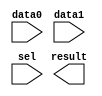
// megafunction wizard: %LPM_MUX%VBB%
// GENERATION: STANDARD
// VERSION: WM1.0
// MODULE: LPM_MUX 

// ============================================================
// Megafunction Name(s):
// 			LPM_MUX
//
// Simulation Library Files(s):
// 			lpm
// ============================================================
// ************************************************************
// THIS IS A WIZARD-GENERATED FILE. DO NOT EDIT THIS FILE!
//
// 15.1.0 Build 185 10/21/2015 SJ Lite Edition
// ************************************************************

//Copyright (C) 1991-2015 Altera Corporation. All rights reserved.
//Your use of Altera Corporation's design tools, logic functions 
//and other software and tools, and its AMPP partner logic 
//functions, and any output files from any of the foregoing 
//(including device programming or simulation files), and any 
//associated documentation or information are expressly subject 
//to the terms and conditions of the Altera Program License 
//Subscription Agreement, the Altera Quartus Prime License Agreement,
//the Altera MegaCore Function License Agreement, or other 
//applicable license agreement, including, without limitation, 
//that your use is for the sole purpose of programming logic 
//devices manufactured by Altera and sold by Altera or its 
//authorized distributors.  Please refer to the applicable 
//agreement for further details.

module pll_mux (
	data0,
	data1,
	sel,
	result);

	input	  data0;
	input	  data1;
	input	  sel;
	output	  result;

endmodule

// ============================================================
// CNX file retrieval info
// ============================================================
// Retrieval info: PRIVATE: INTENDED_DEVICE_FAMILY STRING "Cyclone IV E"
// Retrieval info: PRIVATE: SYNTH_WRAPPER_GEN_POSTFIX STRING "0"
// Retrieval info: PRIVATE: new_diagram STRING "1"
// Retrieval info: LIBRARY: lpm lpm.lpm_components.all
// Retrieval info: CONSTANT: LPM_SIZE NUMERIC "2"
// Retrieval info: CONSTANT: LPM_TYPE STRING "LPM_MUX"
// Retrieval info: CONSTANT: LPM_WIDTH NUMERIC "1"
// Retrieval info: CONSTANT: LPM_WIDTHS NUMERIC "1"
// Retrieval info: USED_PORT: data0 0 0 0 0 INPUT NODEFVAL "data0"
// Retrieval info: USED_PORT: data1 0 0 0 0 INPUT NODEFVAL "data1"
// Retrieval info: USED_PORT: result 0 0 0 0 OUTPUT NODEFVAL "result"
// Retrieval info: USED_PORT: sel 0 0 0 0 INPUT NODEFVAL "sel"
// Retrieval info: CONNECT: @data 0 0 1 0 data0 0 0 0 0
// Retrieval info: CONNECT: @data 0 0 1 1 data1 0 0 0 0
// Retrieval info: CONNECT: @sel 0 0 1 0 sel 0 0 0 0
// Retrieval info: CONNECT: result 0 0 0 0 @result 0 0 1 0
// Retrieval info: GEN_FILE: TYPE_NORMAL pll_mux.v TRUE
// Retrieval info: GEN_FILE: TYPE_NORMAL pll_mux.inc FALSE
// Retrieval info: GEN_FILE: TYPE_NORMAL pll_mux.cmp FALSE
// Retrieval info: GEN_FILE: TYPE_NORMAL pll_mux.bsf TRUE
// Retrieval info: GEN_FILE: TYPE_NORMAL pll_mux_inst.v FALSE
// Retrieval info: GEN_FILE: TYPE_NORMAL pll_mux_bb.v TRUE
// Retrieval info: LIB_FILE: lpm